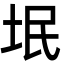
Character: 垊